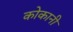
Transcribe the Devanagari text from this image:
कोकानी